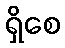
ရှိစေ